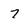
Character: 7